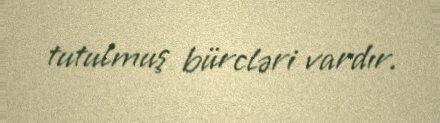
tutulmuş bürcləri vardır.